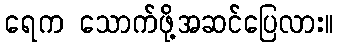
ရေက သောက်ဖို့အဆင်ပြေလား။